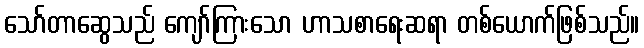
သော်တာဆွေသည် ကျော်ကြားသော ဟာသစာရေးဆရာ တစ်ယောက်ဖြစ်သည်။